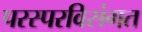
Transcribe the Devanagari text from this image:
परस्परविसंगत